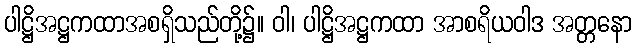
ပါဋ္ဌိအဋ္ဌကထာအစရှိသည်တို့၌။ ဝါ၊ ပါဋ္ဌိအဋ္ဌကထာ အာစရိယဝါဒ အတ္တနော